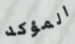
المؤكد